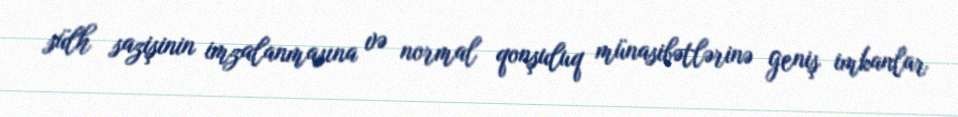
sülh sazişinin imzalanmasına və normal qonşuluq münasibətlərinə geniş imkanlar